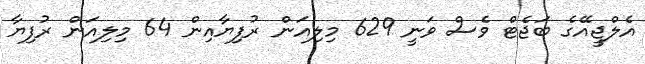
އެލްޖީއޭގެ ބަޖެޓް ވެސް ވަނީ 629 މިލިއަން ރުފިޔާއިން 64 މިލިއަން ރުފިޔާ